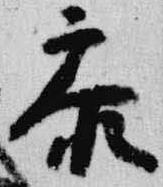
参